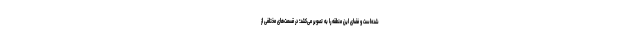
شده‌است و فضای این منطقه را به تصویر می‌کشد؛ در قسمت‌های مختلفی از